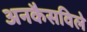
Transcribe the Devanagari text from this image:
अनकैसविले